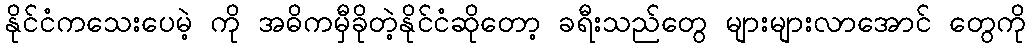
နိုင်ငံကသေးပေမဲ့ ကို အဓိကမှီခိုတဲ့နိုင်ငံဆိုတော့ ခရီးသည်တွေ များများလာအောင် တွေကို